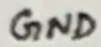
Text: GND